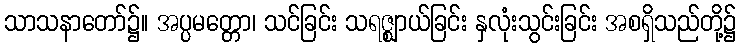
သာသနာတော်၌။ အပ္ပမတ္တော၊ သင်ခြင်း သရဇ္ဈာယ်ခြင်း နှလုံးသွင်းခြင်း အစရှိသည်တို့၌